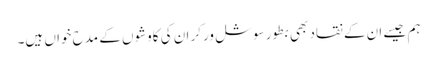
ہم جیسے ان کے نقاد بھی بطور سوشل ورکر ان کی کاوشوں کے مدح خواں ہیں۔